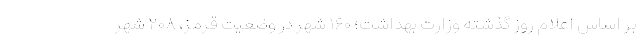
بر اساس اعلام روز گذشته وزارت بهداشت؛ ۱۶۰ شهر در وضعیت قرمز، ۲۰۸ شهر